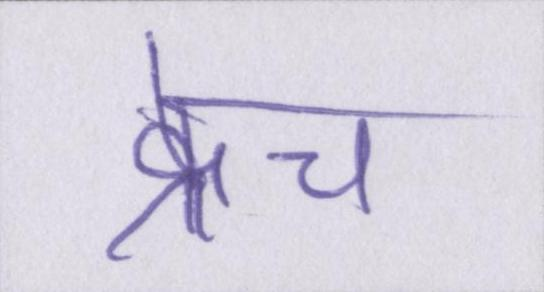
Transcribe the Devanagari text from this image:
क्रेच